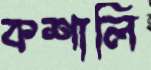
কশালি